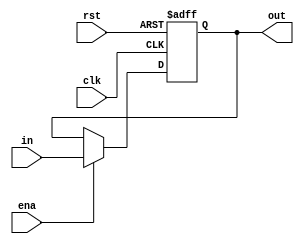
// This program was cloned from: https://github.com/liuqdev/8-bits-RISC-CPU-Verilog
// License: MIT License

`timescale 1ns / 1ps
//////////////////////////////////////////////////////////////////////////////////
module accum( in, out, ena, clk, rst); // a register, to storage result after computing
input clk,rst,ena;
input [7:0] in;
output reg [7:0] out;

always @(posedge clk or negedge rst) begin	
	if(!rst) out <= 8'd0;
	else begin
		if(ena)	out <= in;
		else	out <= out;
	end
end

endmodule